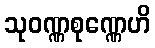
သုဝဏ္ဏစုဏ္ဏေဟိ